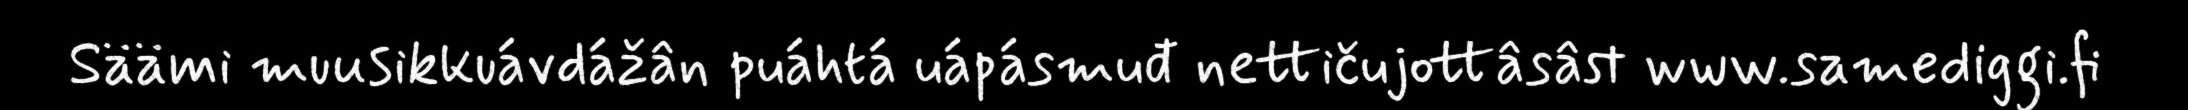
Säämi muusikkuávdážân puáhtá uápásmuđ nettičujottâsâst www.samediggi.fi